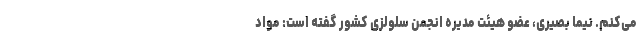
می‌کنم. نیما بصیری، عضو هیئت مدیره انجمن سلولزی کشور گفته است: مواد